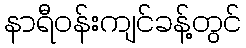
နာရီဝန်းကျင်ခန့်တွင်